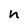
Character: n